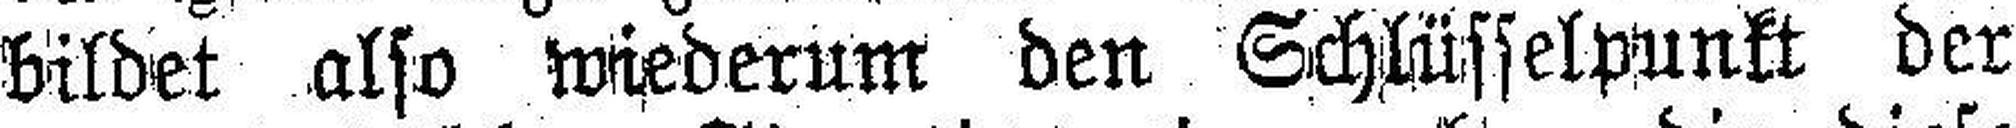
bildet also wiederum den Schlüsselpnnkt der